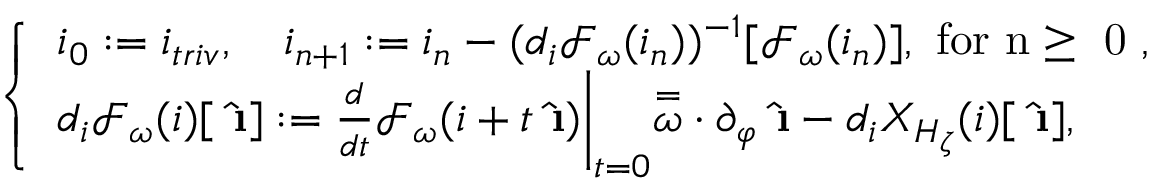
\begin{array} { r } { \left\{ \begin{array} { l l } { i _ { 0 } : = i _ { t r i v } , \quad i _ { n + 1 } : = i _ { n } - ( d _ { i } \mathcal { F } _ { \omega } ( i _ { n } ) ) ^ { - 1 } [ \mathcal { F } _ { \omega } ( i _ { n } ) ] , \mathrm { ~ f o r ~ n \ge ~ 0 ~ } , } \\ { d _ { i } \mathcal { F } _ { \omega } ( i ) [ \hat { \textbf { \i } } ] : = \frac { d } { d t } \mathcal { F } _ { \omega } ( i + t \hat { \textbf { \i } } ) \bigg | _ { t = 0 } \overset = \omega \cdot \partial _ { \varphi } \hat { \textbf { \i } } - d _ { i } X _ { H _ { \zeta } } ( i ) [ \hat { \textbf { \i } } ] , } \end{array} \right. } \end{array}